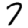
Digit: 7